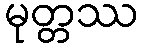
မုတ္တဿ